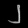
Digit: ၂